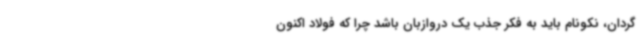
گردان، نکونام باید به فکر جذب یک دروازبان باشد چرا که فولاد اکنون